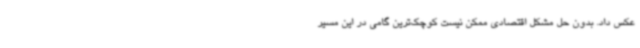
عکس داد. بدون حل مشکل اقتصادی ممکن نیست کوچک‌ترین گامی در این مسیر